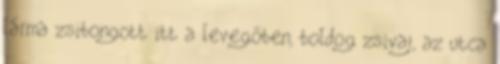
lárma zsibongott itt a levegőben, boldog zsivaj, az utca